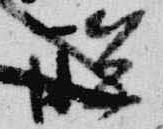
聊